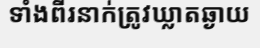
ទាំងពីរនាក់ត្រូវឃ្លាតឆ្ងាយ